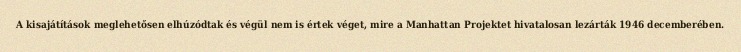
A kisajátítások meglehetősen elhúzódtak és végül nem is értek véget, mire a Manhattan Projektet hivatalosan lezárták 1946 decemberében.